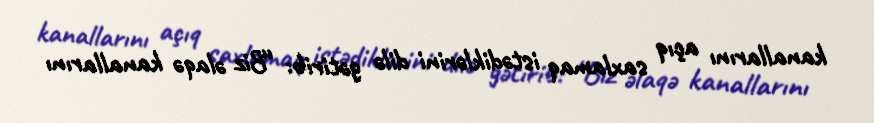
kanallarını açıq saxlamaq istədiklərini dilə gətirib: “Biz əlaqə kanallarını